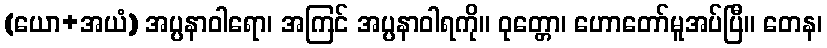
(ယော+အယံ) အပ္ပနာဝါရော၊ အကြင် အပ္ပနာဝါရကို။ ဝုတ္တော၊ ဟောတော်မူအပ်ပြီ။ တေန၊